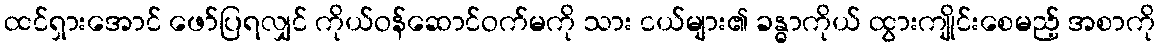
ထင်ရှားအောင် ဖော်ပြရလျှင် ကိုယ်ဝန်ဆောင်ဝက်မကို သား ငယ်များ၏ ခန္ဓာကိုယ် ထွားကျိုင်းစေမည့် အစာကို